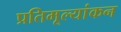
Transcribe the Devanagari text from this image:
प्रतिमूल्यांकन